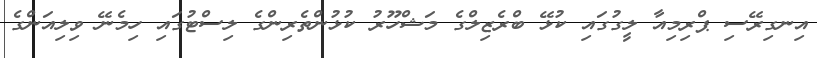
އިނގިރޭސި ޕްރިމިއާ ލީގުގައި ކުޅޭ ބްރެޒިލްގެ މަޝްހޫރު ކުޅުންތެރިންގެ ލިސްޓުގައި ހިމެނޭ ވިލިއަންގެ